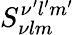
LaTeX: S_{\nu lm}^{\nu^{\prime}l^{\prime}m^{\prime}}